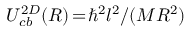
U _ { c b } ^ { 2 D } ( R ) \! = \! \hbar ^ { 2 } l ^ { 2 } / ( M R ^ { 2 } )